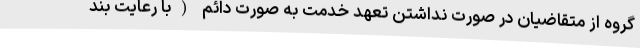
گروه از متقاضیان در صورت نداشتن تعهد خدمت به صورت دائم (با رعایت بند